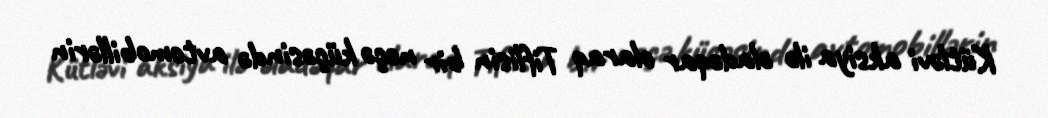
Kütləvi aksiya ilə əladəqar olaraq Tiflisin bir neçə küçəsində avtomobillərin